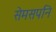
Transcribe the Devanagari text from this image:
सेमसपनि